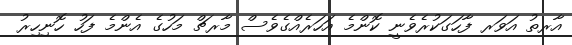
އާރތު އަވަރ ފާހަގަކުރެވެނީ ކޮންމެ އަހަރެއްގެވެސް މާރޗް މަހުގެ އެންމެ ފަހު ހޮނިހިރު